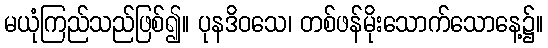
မယုံကြည်သည်ဖြစ်၍။ ပုနဒိဝသေ၊ တစ်ဖန်မိုးသောက်သောနေ့၌။